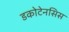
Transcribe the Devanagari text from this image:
डकोटेनसिस